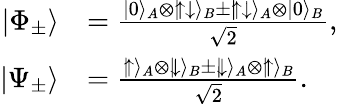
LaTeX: \begin{array}{rl}{|\Phi_{\pm}\rangle}&{=\frac{|0\rangle_{A}\otimes|\! \uparrow\downarrow\rangle_{B}\pm|\! \uparrow\downarrow\rangle_{A}\otimes|0\rangle_{B}}{\sqrt{2}},}\\ {|\Psi_{\pm}\rangle}&{=\frac{|\! \uparrow\rangle_{A}\otimes|\! \downarrow\rangle_{B}\pm|\! \downarrow\rangle_{A}\otimes|\! \uparrow\rangle_{B}}{\sqrt{2}}.}\end{array}